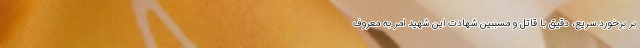
بر برخورد سریع، دقیق با قاتل و مسببین شهادت این شهید امر به معروف